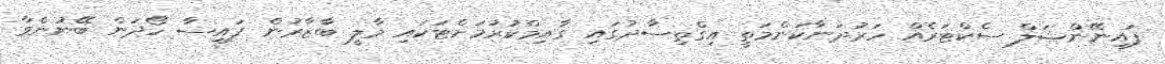
ފައިނޭންޝަލް ސެކްޓަރެއް ހަރުދަނާކަންމަތީ އިގްތިސާދުގައި ގާއިމްކުރުމަށްޓަކައި މާލީ ބާޒާރުން ފައިސާ ހޯދަން ބޭނުންވާ